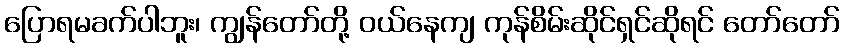
ပြောရမခက်ပါဘူး၊ ကျွန်တော်တို့ ဝယ်နေကျ ကုန်စိမ်းဆိုင်ရှင်ဆိုရင် တော်တော်